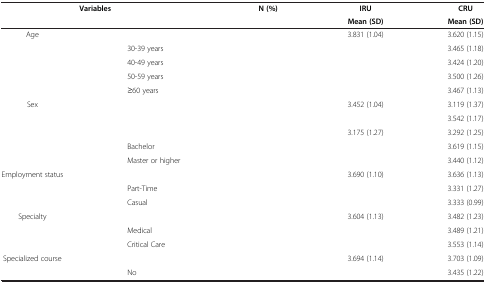
<table><thead><tr><td colspan="2" rowspan="2"><b>Variables</b></td><td rowspan="2"><b>N (%)</b></td><td><b>IRU</b></td><td><b>CRU</b></td></tr><tr><td><b>Mean (SD)</b></td><td><b>Mean (SD)</b></td></tr></thead><tbody><tr><td rowspan="5">Age</td><td>[EMPTY_CELL]</td><td>[EMPTY_CELL]</td><td>3.831 (1.04)</td><td>3.620 (1.15)</td></tr><tr><td>30-39 years</td><td>[EMPTY_CELL]</td><td>[EMPTY_CELL]</td><td>3.465 (1.18)</td></tr><tr><td>40-49 years</td><td>[EMPTY_CELL]</td><td>[EMPTY_CELL]</td><td>3.424 (1.20)</td></tr><tr><td>50-59 years</td><td>[EMPTY_CELL]</td><td>[EMPTY_CELL]</td><td>3.500 (1.26)</td></tr><tr><td>≥60 years</td><td>[EMPTY_CELL]</td><td>[EMPTY_CELL]</td><td>3.467 (1.13)</td></tr><tr><td rowspan="2">Sex</td><td>[EMPTY_CELL]</td><td>[EMPTY_CELL]</td><td>3.452 (1.04)</td><td>3.119 (1.37)</td></tr><tr><td>[EMPTY_CELL]</td><td>[EMPTY_CELL]</td><td>[EMPTY_CELL]</td><td>3.542 (1.17)</td></tr><tr><td rowspan="3">[EMPTY_CELL]</td><td>[EMPTY_CELL]</td><td>[EMPTY_CELL]</td><td>3.175 (1.27)</td><td>3.292 (1.25)</td></tr><tr><td>Bachelor</td><td>[EMPTY_CELL]</td><td>[EMPTY_CELL]</td><td>3.619 (1.15)</td></tr><tr><td>Master or higher</td><td>[EMPTY_CELL]</td><td>[EMPTY_CELL]</td><td>3.440 (1.12)</td></tr><tr><td rowspan="3">Employment status</td><td>[EMPTY_CELL]</td><td>[EMPTY_CELL]</td><td>3.690 (1.10)</td><td>3.636 (1.13)</td></tr><tr><td>Part-Time</td><td>[EMPTY_CELL]</td><td>[EMPTY_CELL]</td><td>3.331 (1.27)</td></tr><tr><td>Casual</td><td>[EMPTY_CELL]</td><td>[EMPTY_CELL]</td><td>3.333 (0.99)</td></tr><tr><td rowspan="3">Specialty</td><td>[EMPTY_CELL]</td><td>[EMPTY_CELL]</td><td>3.604 (1.13)</td><td>3.482 (1.23)</td></tr><tr><td>Medical</td><td>[EMPTY_CELL]</td><td>[EMPTY_CELL]</td><td>3.489 (1.21)</td></tr><tr><td>Critical Care</td><td>[EMPTY_CELL]</td><td>[EMPTY_CELL]</td><td>3.553 (1.14)</td></tr><tr><td rowspan="2">Specialized course</td><td>[EMPTY_CELL]</td><td>[EMPTY_CELL]</td><td>3.694 (1.14)</td><td>3.703 (1.09)</td></tr><tr><td>No</td><td>[EMPTY_CELL]</td><td>[EMPTY_CELL]</td><td>3.435 (1.22)</td></tr></tbody></table>